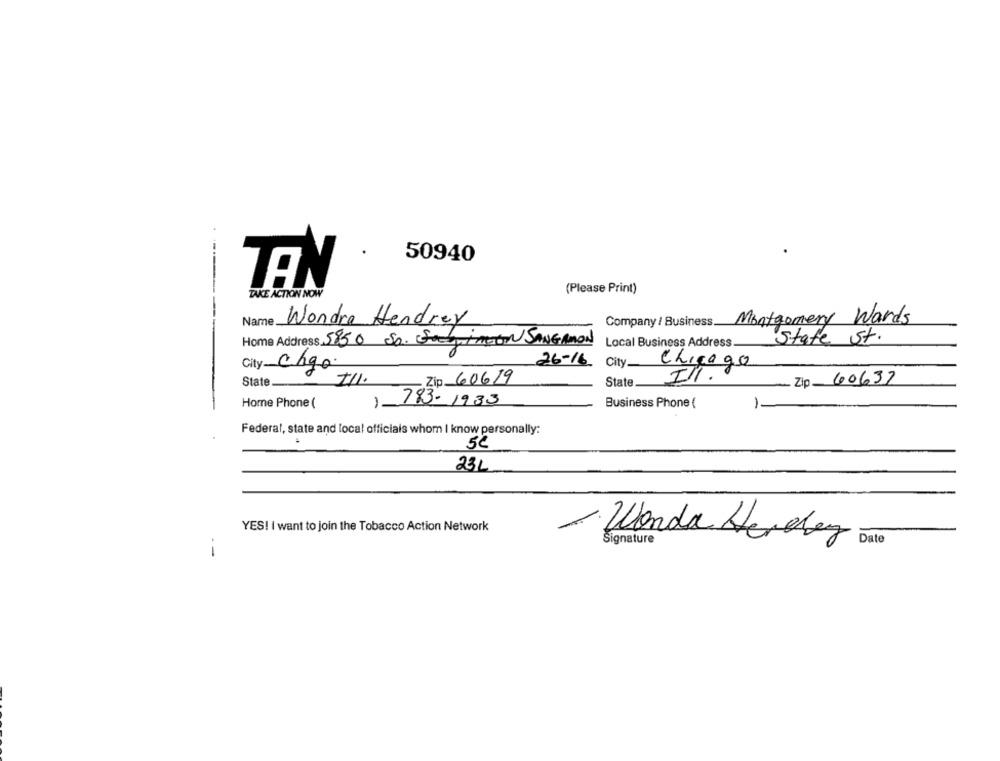
50940
TEN
(Please Print)
TAKE ACTION NOW
Montgomery Wards
Name.
Wondra Hendrey
Company / Business.
Home Address 5850 So. Sayingon SANGAMON
State St.
Local Business Address
City Chgo
26-16
City
Chicago
State
III.
Zip 60619
III.
Zip 60637
State
Home Phone (
) 783-1933
1.
Business Phone (
Federal, state and local officials whom I know personally:
4
5€
23L
YES! I want to join the Tobacco Action Network
1. Wonda Herdez
Date
Signature
-